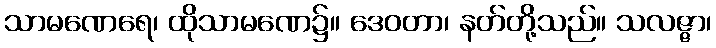
သာမဏေရေ၊ ထိုသာမဏေ၌။ ဒေဝတာ၊ နတ်တို့သည်။ သလဇ္ဇာ၊